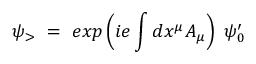
\psi _ { > } ~ = ~ e x p \left( i e \int d x ^ { \mu } A _ { \mu } \right) ~ \psi _ { 0 } ^ { \prime }